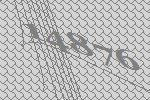
14876